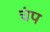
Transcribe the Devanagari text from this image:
चंप